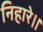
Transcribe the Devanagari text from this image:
निहारे।।